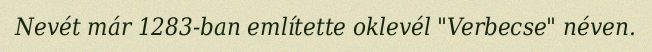
Nevét már 1283-ban említette oklevél "Verbecse" néven.